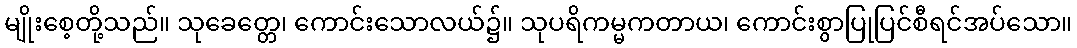
မျိုးစေ့တို့သည်။ သုခေတ္တေ၊ ကောင်းသောလယ်၌။ သုပရိကမ္မကတာယ၊ ကောင်းစွာပြုပြင်စီရင်အပ်သော။